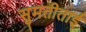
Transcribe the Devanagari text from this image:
सुमतीताई